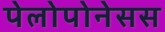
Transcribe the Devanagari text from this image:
पेलोपोनेसस